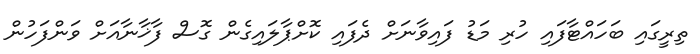
ތިރީގައި ބަހައްޓާފައި ހުރި މަޑު ފައިވާނަށް ދެފައި ކޮށްޕާލައިގެން ގޮސް ފާޚާނާއަށް ވަންފަހުން